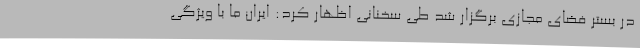
در بستر فضای مجازی برگزار شد طی سخنانی اظهار کرد: ایران ما با ویژگی